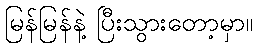
မြန်မြန်နဲ့ ပြီးသွားတော့မှာ။